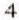
4